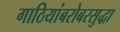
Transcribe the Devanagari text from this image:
गाठियांबरोबरसुद्धा